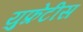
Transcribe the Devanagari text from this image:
युफ्रेटीस